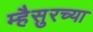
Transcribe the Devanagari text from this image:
म्हैसुरच्या